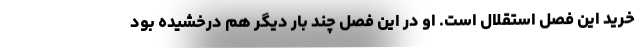
خرید این فصل استقلال است. او در این فصل چند بار دیگر هم درخشیده بود